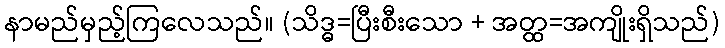
နာမည်မှည့်ကြလေသည်။ (သိဒ္ဓ=ပြီးစီးသော + အတ္ထ=အကျိုးရှိသည်)